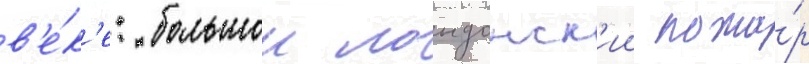
в'е́к'е: большои лондонск'ии пожа́р